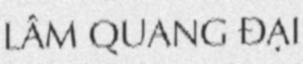
LÂM QUANG ĐẠI